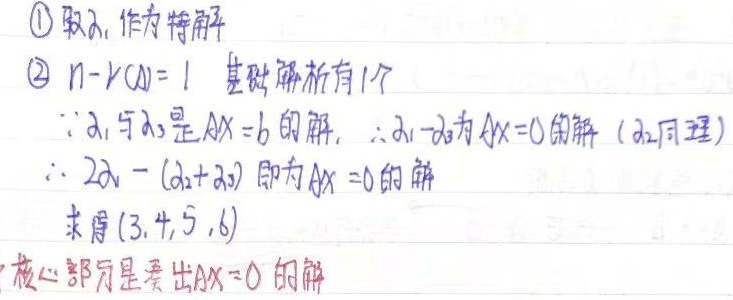
\textcircled{1} 取 \(\lambda_1\) 作为特解
\textcircled{2} \(n - r(A)=1\)，基础解系有 \(1\) 个。
\(\because \alpha_1\) 与 \(\alpha_2\) 是 \(Ax = b\) 的解，\(\therefore \alpha_1-\alpha_2\) 为 \(Ax = 0\) 的解（\(\alpha_2\) 同理）
\(\therefore 2\alpha_1 - (\alpha_2+\alpha_3)\) 即为 \(Ax = 0\) 的解
求屑 \((3,4,5,6)\)
核心部分是求出 \(Ax = 0\) 的解